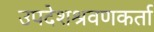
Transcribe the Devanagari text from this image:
उपदेशश्रवणकर्ता